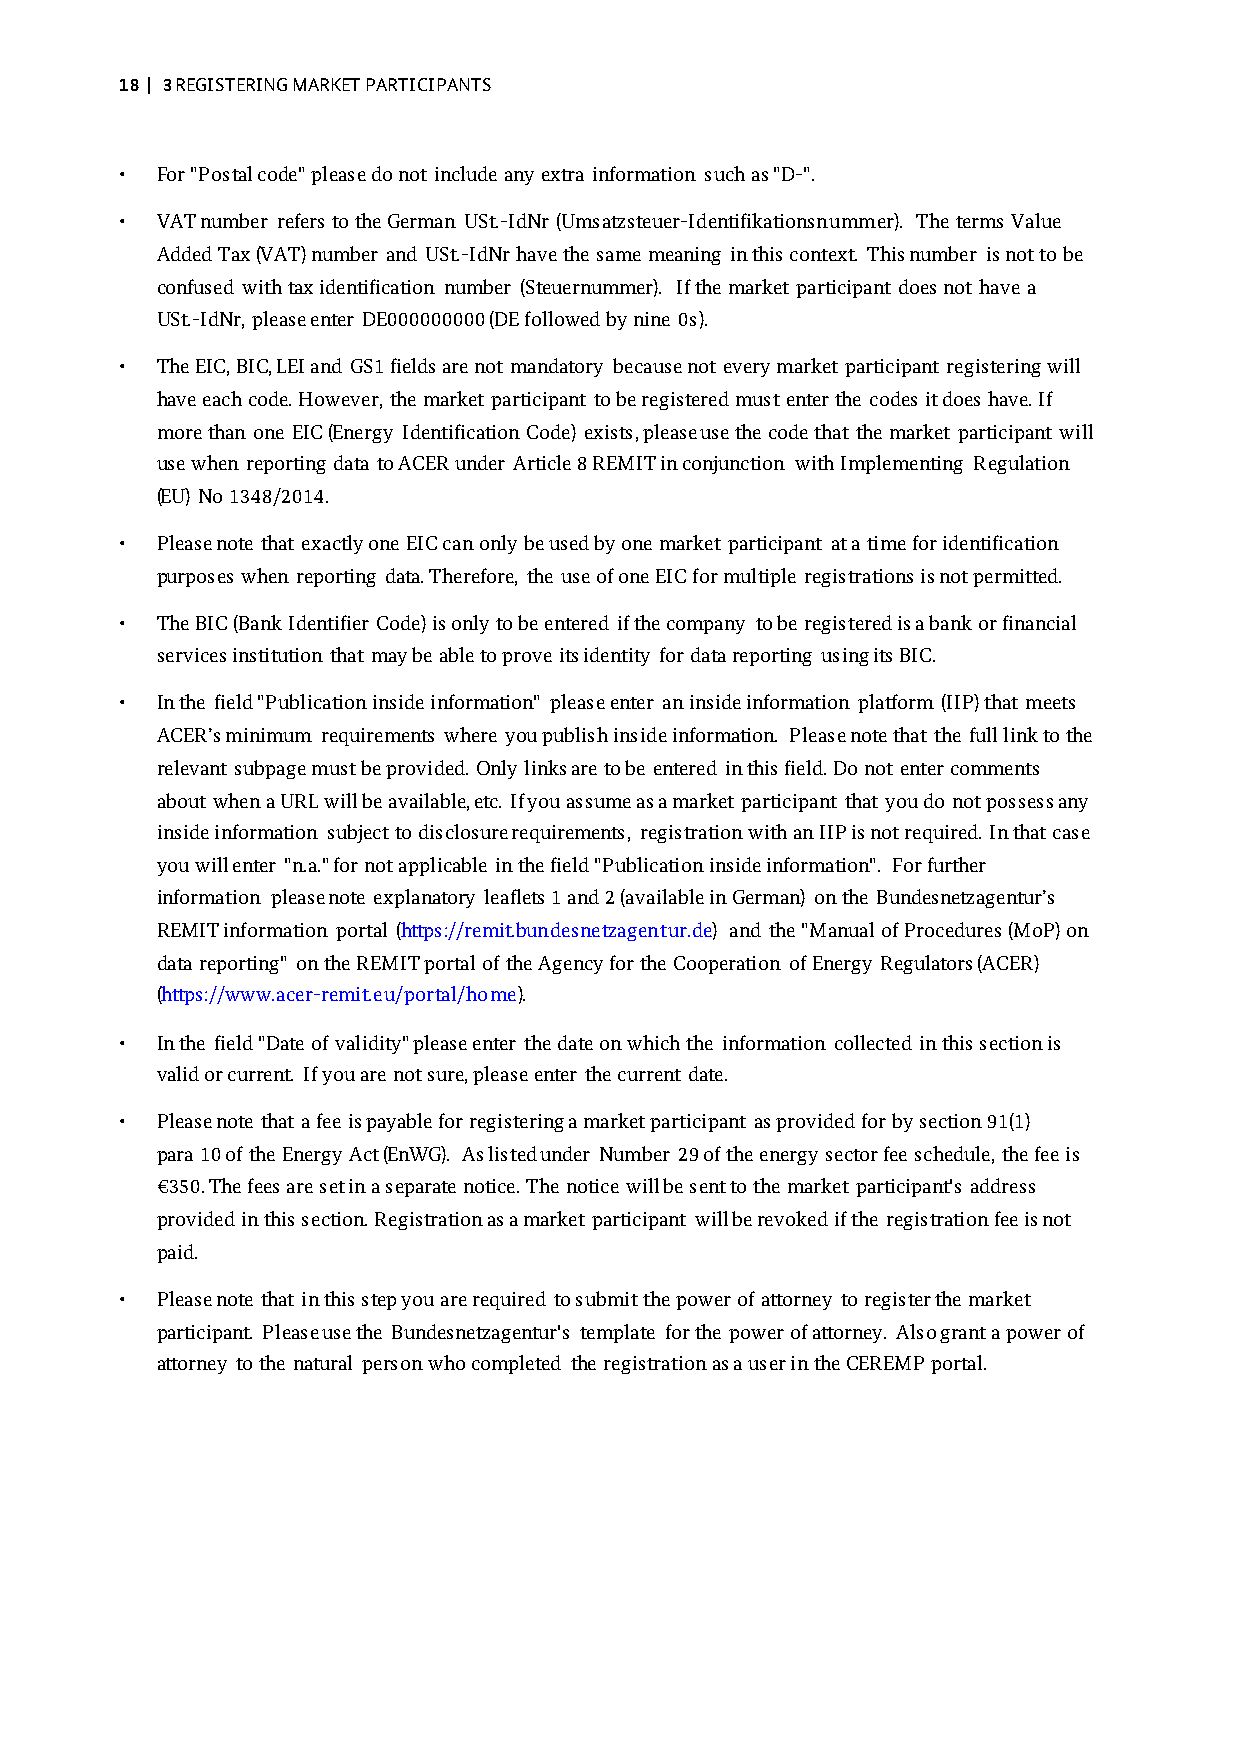
18 | 3 REGISTERING MARKET PARTICIPANTS
 • For "Postal code" please do not include any extra information such as "D-".
 • VAT number refers to the German USt.-IdNr (Umsatzsteuer-Identifikationsnummer). The terms Value
 Added Tax (VAT) number and USt.-IdNr have the same meaning in this context. This number is not to be
 confused with tax identification number (Steuernummer). If the market participant does not have a
 USt.-IdNr, please enter DE000000000 (DE followed by nine 0s).
 • The EIC, BIC, LEI and GS1 fields are not mandatory because not every market participant registering will
 have each code. However, the market participant to be registered must enter the codes it does have. If
 more than one EIC (Energy Identification Code) exists, please use the code that the market participant will
 use when reporting data to ACER under Article 8 REMIT in conjunction with Implementing Regulation
 (EU) No 1348/2014.
 • Please note that exactly one EIC can only be used by one market participant at a time for identification
 purposes when reporting data. Therefore, the use of one EIC for multiple registrations is not permitted.
 • The BIC (Bank Identifier Code) is only to be entered if the company to be registered is a bank or financial
 services institution that may be able to prove its identity for data reporting using its BIC.
 • In the field "Publication inside information" please enter an inside information platform (IIP) that meets
 ACER’s minimum requirements where you publish inside information. Please note that the full link to the
 relevant subpage must be provided. Only links are to be entered in this field. Do not enter comments
 about when a URL will be available, etc. If you assume as a market participant that you do not possess any
 inside information subject to disclosure requirements, registration with an IIP is not required. In that case
 you will enter "n.a." for not applicable in the field "Publication inside information". For further
 information please note explanatory leaflets 1 and 2 (available in German) on the Bundesnetzagentur’s
 REMIT information portal (https://remit.bundesnetzagentur.de) and the "Manual of Procedures (MoP) on
 data reporting" on the REMIT portal of the Agency for the Cooperation of Energy Regulators (ACER)
 (https://www.acer-remit.eu/portal/home).
 • In the field "Date of validity" please enter the date on which the information collected in this section is
 valid or current. If you are not sure, please enter the current date.
 • Please note that a fee is payable for registering a market participant as provided for by section 91(1)
 para 10 of the Energy Act (EnWG). As listed under Number 29 of the energy sector fee schedule, the fee is
 €350. The fees are set in a separate notice. The notice will be sent to the market participant's address
 provided in this section. Registration as a market participant will be revoked if the registration fee is not
 paid.
 • Please note that in this step you are required to submit the power of attorney to register the market
 participant. Please use the Bundesnetzagentur's template for the power of attorney. Also grant a power of
 attorney to the natural person who completed the registration as a user in the CEREMP portal.